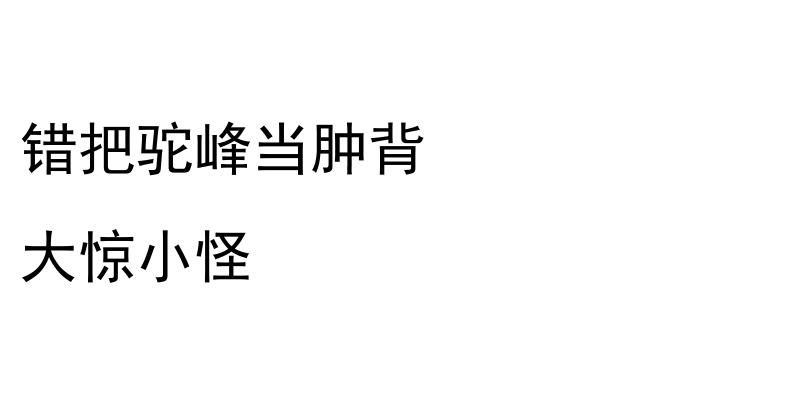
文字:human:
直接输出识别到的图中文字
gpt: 错把驼峰当肿背 大惊小怪